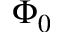
\Phi _ { 0 }